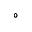
^ \circ